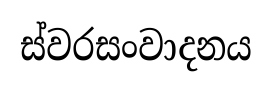
ස්වරසංවාදනය